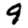
Digit: 9